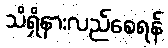
သိရှိနားလည်စေရန်